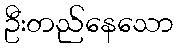
ဦးတည်နေသော